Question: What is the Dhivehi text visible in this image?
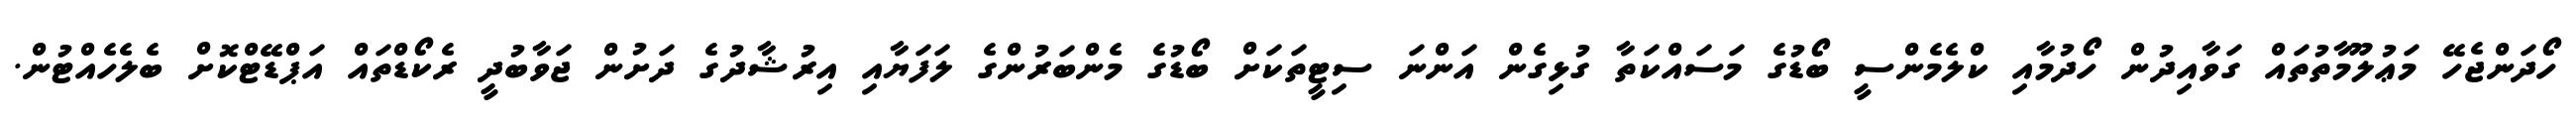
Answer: ހޯދަންޖެހޭ މަޢުލޫމާތުތައް ގަވާއިދުން ހޯދުމާއި ކްލެމެންސީ ބޯޑުގެ މަސައްކަތާ ގުޅިގެން އަންނަ ސިޓީތަކަށް ބޯޑުގެ މެންބަރުންގެ ލަފަޔާއި އިރުޝާދުގެ ދަށުން ޖަވާބުދީ ރެކޯޑްތައް އަޕްޑޭޓްކޮށް ބެލެހެއްޓުން.